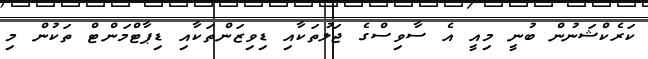
ކަރެކްޝަނުން ބުނީ މިއީ އެ ސާވިސްގެ ޖަލުތަކާއި ޑިވިޒަންތަކާއި ޑިޕާޓްމަންޓް ތަކުން މި